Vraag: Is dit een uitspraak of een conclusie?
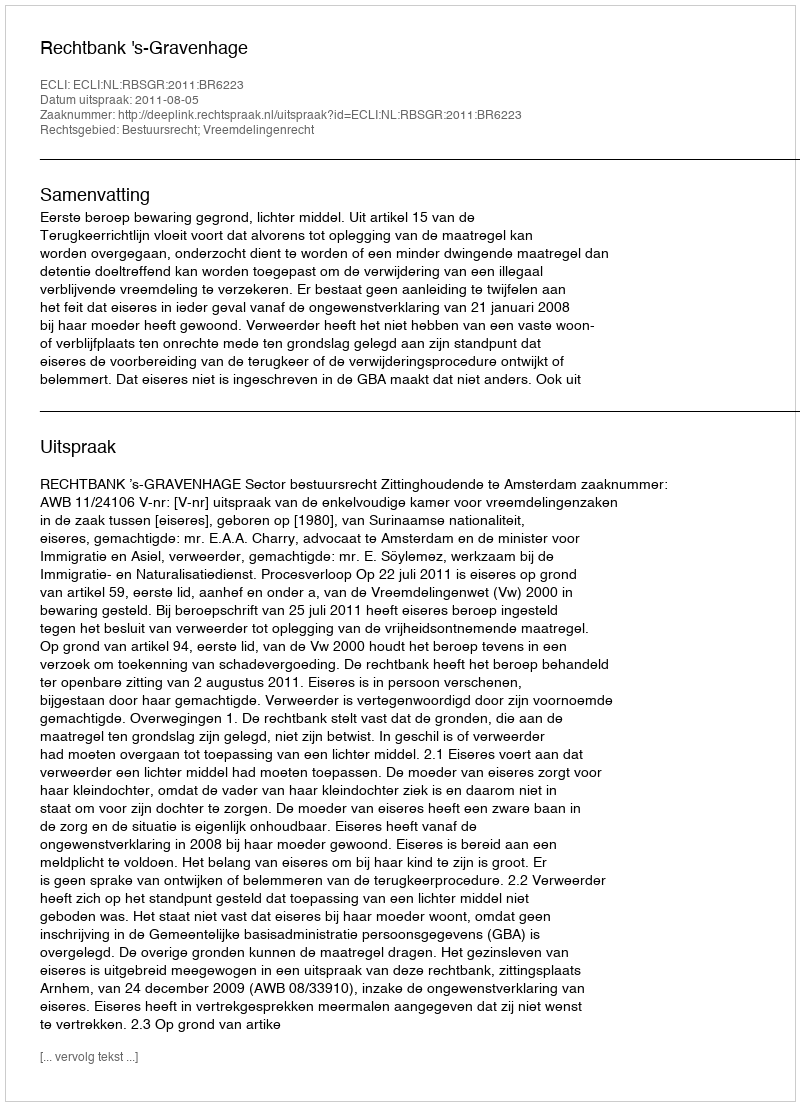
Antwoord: Uitspraak